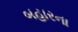
બહારના